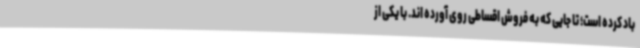
باد کرده است؛ تا جایی که به فروش اقساطی روی آورده اند. با یکی از